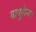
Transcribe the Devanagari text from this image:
वायुसेना।